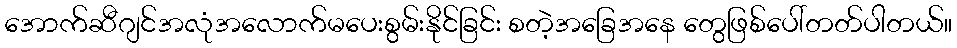
အောက်ဆီဂျင်အလုံအလောက်မပေးစွမ်းနိုင်ခြင်း စတဲ့အခြေအနေ တွေဖြစ်ပေါ်တတ်ပါတယ်။